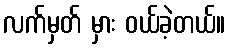
လက်မှတ် မှား ဝယ်ခဲ့တယ်။